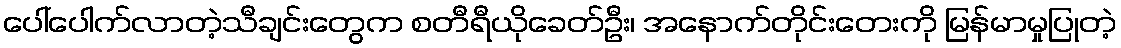
ပေါ်ပေါက်လာတဲ့သီချင်းတွေက စတီရီယိုခေတ်ဦး၊ အနောက်တိုင်းတေးကို မြန်မာမှုပြုတဲ့